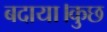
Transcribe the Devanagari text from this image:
बदाया।कुछ